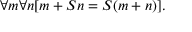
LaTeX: \forall m \forall n [ m + S n = S ( m + n ) ] .